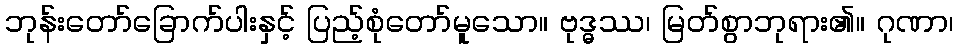
ဘုန်းတော်ခြောက်ပါးနှင့် ပြည့်စုံတော်မူသော။ ဗုဒ္ဓဿ၊ မြတ်စွာဘုရား၏။ ဂုဏာ၊